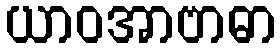
ယာဝအာဗာဓာ